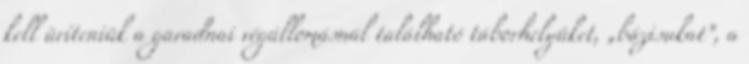
kell üríteniük a garadnai végállomásnál található táborhelyüket, „bázisukat”, a